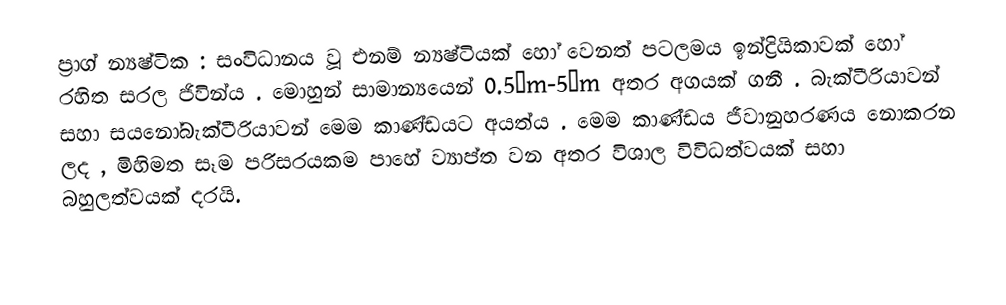
ප්‍රාග් න්‍යෂ්ටික : සංවිධානය වූ එනම් න්‍යෂ්ටියක් හෝ වෙනත් පටලමය ඉන්ද්‍රියිකාවක් හෝ රහිත සරල ජිවින්ය . මොහුන් සාමාන්‍යයෙන් 0.5μm-5μm අතර අගයක් ගනී . බැක්ටීරියාවන් සහා සයනෝබැක්ටීරියාවන් මෙම කාණ්ඩයට අයත්ය . මෙම කාණ්ඩය ජීවානුහරණය නොකරන ලද , මිහිමත සෑම පරිසරයකම පාහේ ව්‍යාප්ත වන අතර විශාල විවිධත්වයක් සහා බහුලත්වයක් දරයි.